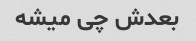
بعدش چی میشه